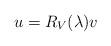
LaTeX: \begin{align*} u=R_V(\lambda)v\end{align*}